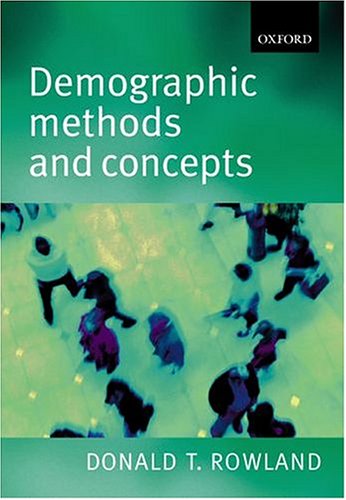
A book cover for Demographic Methods and Concepts; Donald T. Rowland; Politics & Social Sciences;